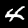
Digit: 4